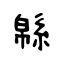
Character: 緜